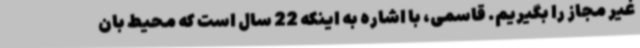
غیر مجاز را بگیریم. قاسمی، با اشاره به اینکه 22 سال است که محیط بان